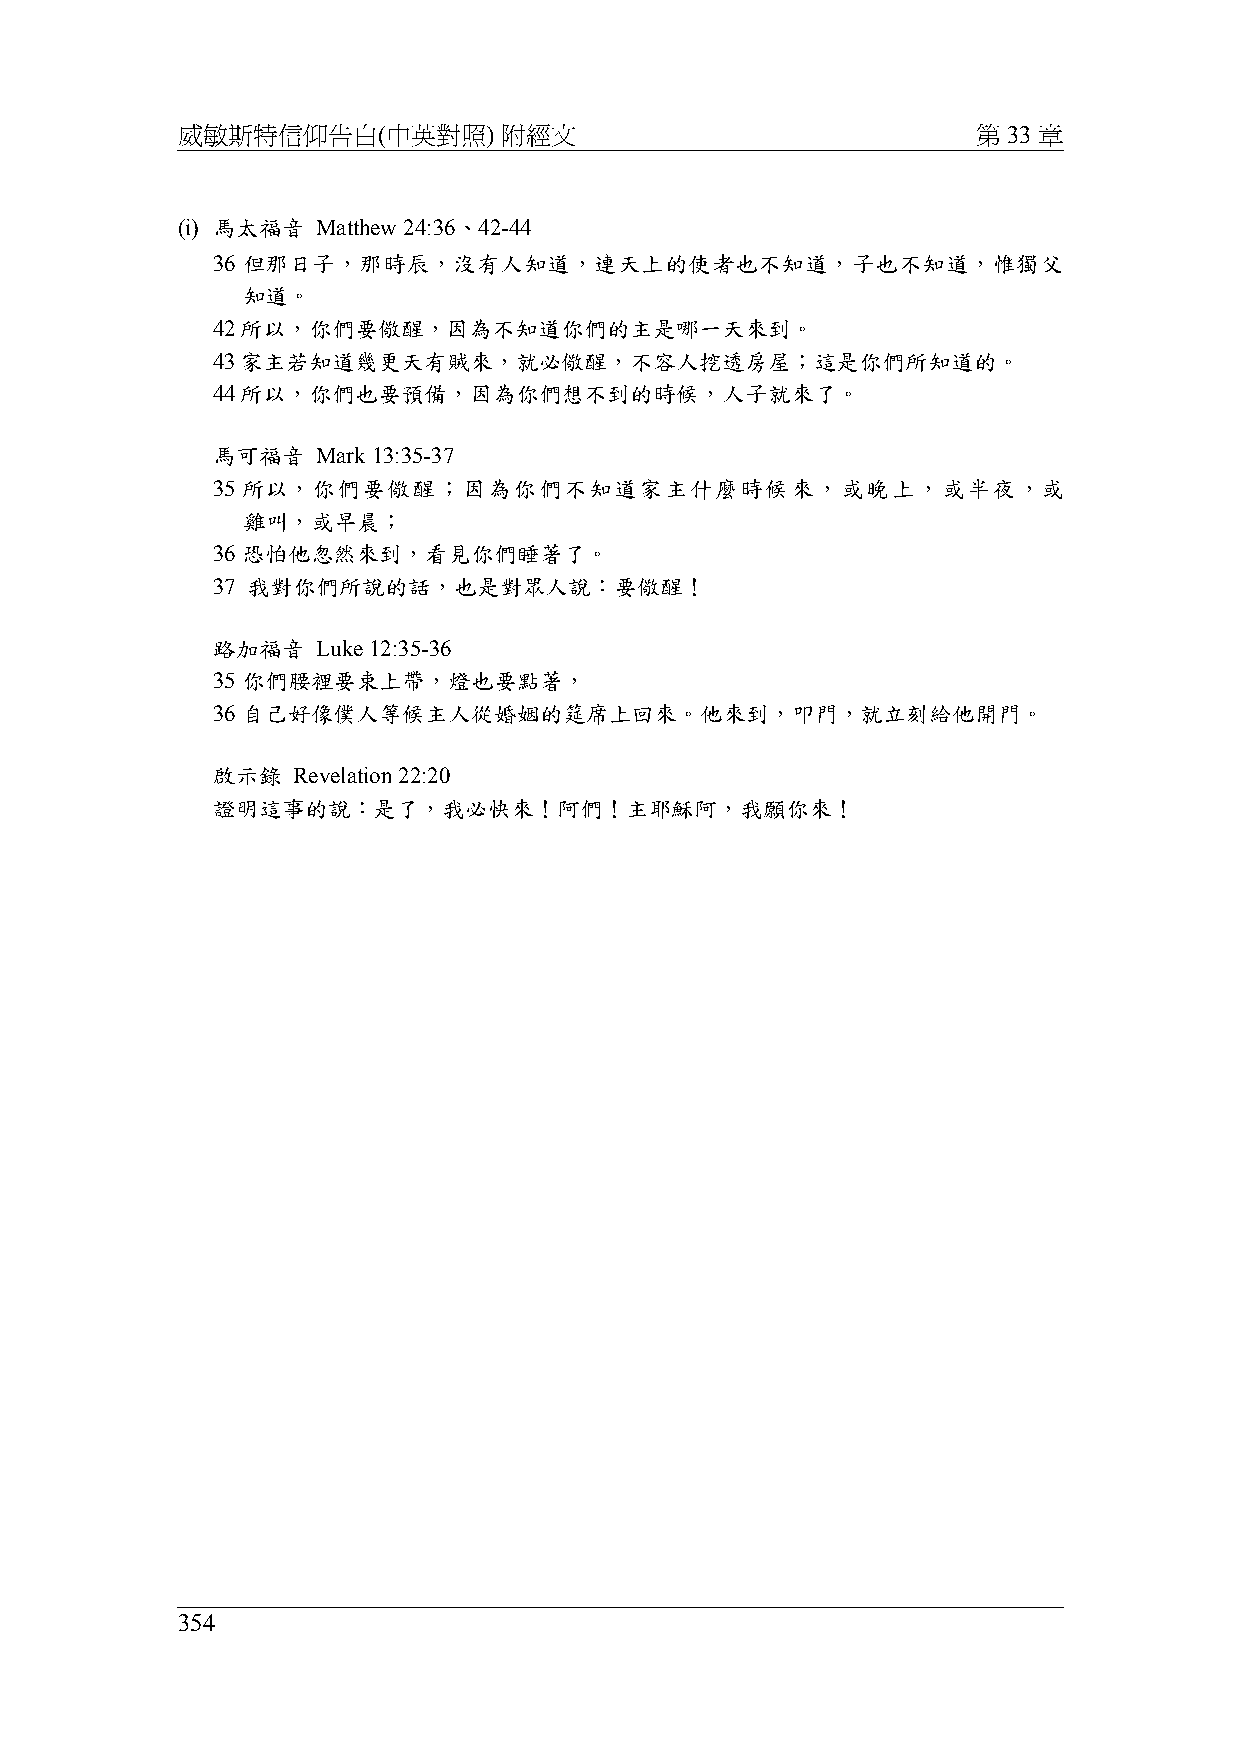
威敏斯特信仰告白(中英對照)       附經文                             第 33 章
 (i) 馬太福音 Matthew 24:36、42-44
 36 但那日子，那時辰，沒有人知道，連天上的使者也不知道，子也不知道，惟獨父
 知道。
 42所以，你們要儆醒，因為不知道你們的主是哪一天來到。
 43家主若知道幾更天有賊來，就必儆醒，不容人挖透房屋；這是你們所知道的。
 44所以，你們也要預備，因為你們想不到的時候，人子就來了。
 馬可福音   Mark 13:35-37
 35 所以，你們要儆醒；因為你們不知道家主什麼時候來，或晚上，或半夜，或
 雞叫，或早晨；
 36 恐怕他忽然來到，看見你們睡著了。
 37 我對你們所說的話，也是對眾人說：要儆醒！
 路加福音   Luke 12:35-36
 35 你們腰裡要束上帶，燈也要點著，
 36 自己好像僕人等候主人從婚姻的筵席上回來。他來到，叩門，就立刻給他開門。
 啟示錄  Revelation 22:20
 證明這事的說：是了，我必快來！阿們！主耶穌阿，我願你來！
 354